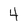
Character: 4